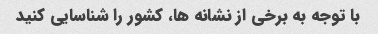
با توجه به برخی از نشانه ها، کشور را شناسایی کنید